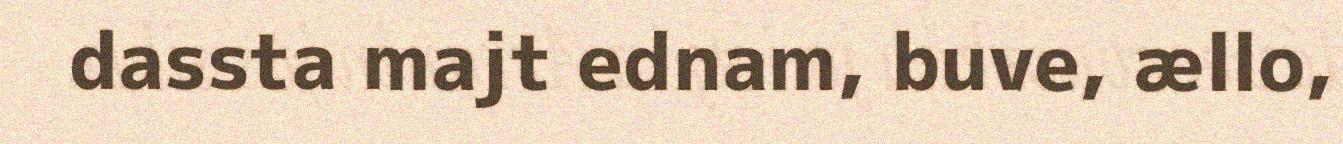
dassta majt ednam, buve, ællo,